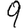
Digit: 9